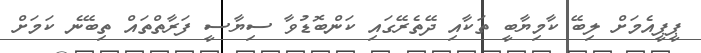
ޕީޕީއެމަށް ލިބޭ ކާމިޔާބީ ތަކާއި ދޭތެރޭގައި ކަންބޮޑުވާ ސިޔާސީ ފަރާތްތައް ތިބޭނެ ކަމަށް